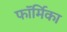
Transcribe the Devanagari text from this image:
फॉर्मिका